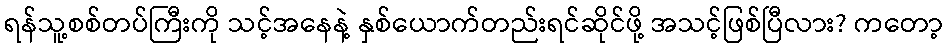
ရန်သူ့စစ်တပ်ကြီးကို သင့်အနေနဲ့ နှစ်ယောက်တည်းရင်ဆိုင်ဖို့ အသင့်ဖြစ်ပြီလား? ကတော့